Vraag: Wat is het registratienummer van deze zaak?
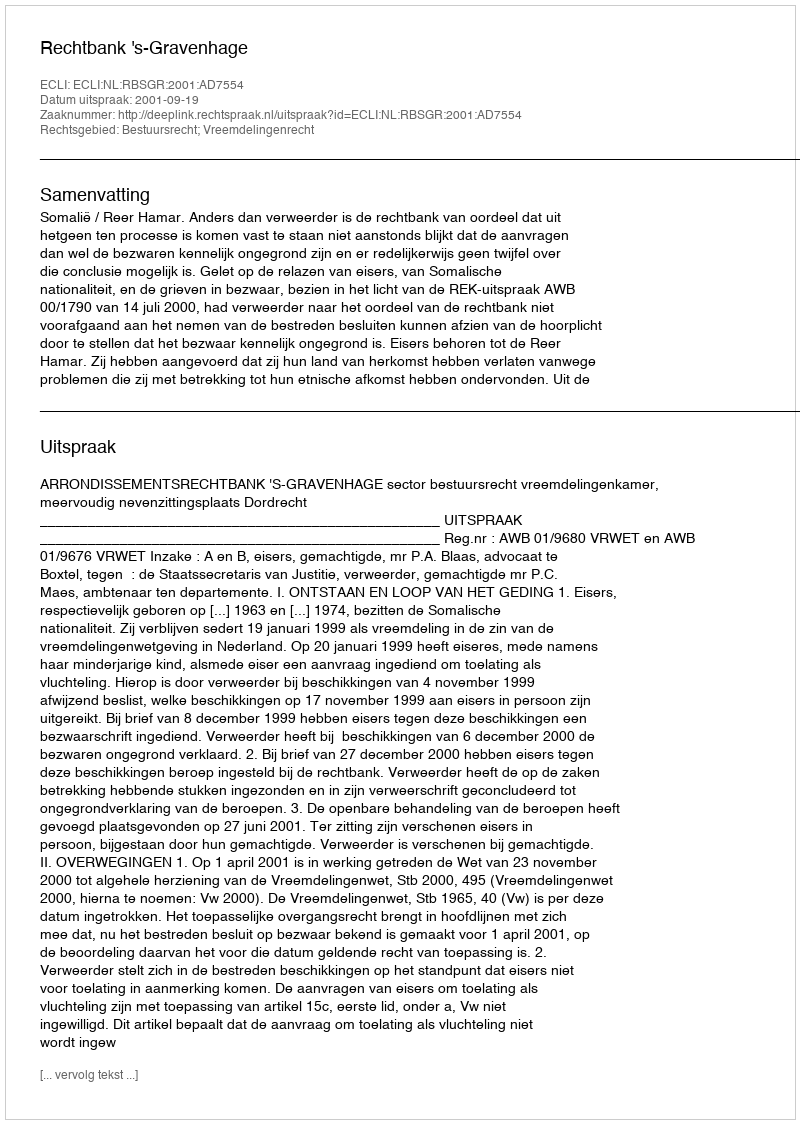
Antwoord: http://deeplink.rechtspraak.nl/uitspraak?id=ECLI:NL:RBSGR:2001:AD7554